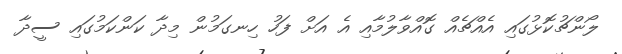
ލޯންޗުކޮޅުގައި އެއްޗެއް ގޮއްވާލުމާއި އެ އަށް ފަހު ހިނގަމުން މިދާ ކަންކަމުގައި ސީދާ